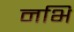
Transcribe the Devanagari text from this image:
नभि